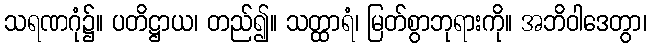
သရဏဂုံ၌။ ပတိဋ္ဌာယ၊ တည်၍။ သတ္ထာရံ၊ မြတ်စွာဘုရားကို။ အဘိဝါဒေတွာ၊